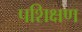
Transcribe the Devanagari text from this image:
पशिक्षण